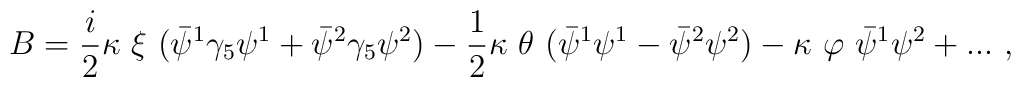
B = {i \over 2} \kappa \ \xi \ (\bar\psi^1 \gamma_5 \psi^1 + \bar\psi^2 \gamma_5 \psi^2) - {1 \over 2} \kappa \ \theta \ (\bar\psi^1 \psi^1 - \bar\psi^2 \psi^2) - \kappa \ \varphi \ \bar\psi^1 \psi^2 + ...\ , \\